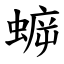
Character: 蝷